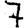
Digit: 7